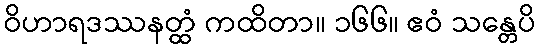
ဝိဟာရဒဿနတ္ထံ ကထိတာ။ ၁၆၆။ ဧဝံ သန္တေပိ